Scottish Leaving Certificate Examination, 1959
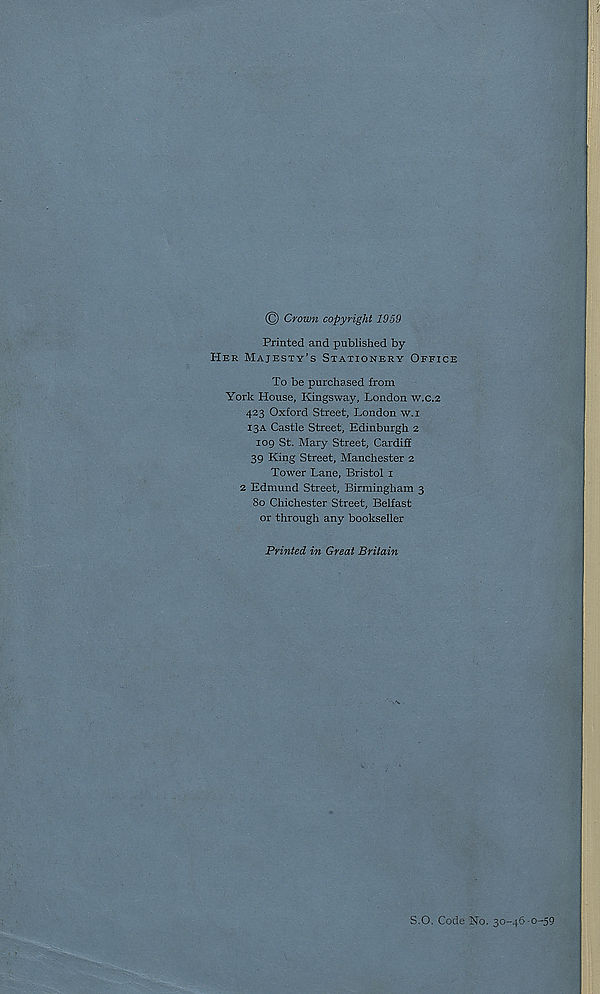
© Crown copyright 1959
Printed and published by
Her Majesty’s Stationery Office
To be purchased from
York House, Kingsway, London w.c.2
423 Oxford Street, London w.i
13A Castle Street, Edinburgh 2
log St. Mary Street, Cardiff
39 King Street, Manchester 2
Tower Lane, Bristol 1
2 Edmund Street, Birmingham 3
80 Chichester Street, Belfast
or through any bookseller
Printed in Great Britain
S.O. Code No. 30-46-0-59